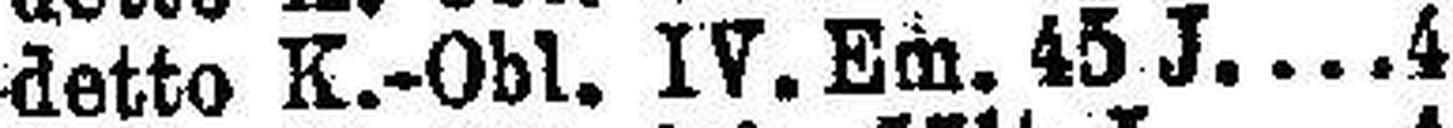
detto K.-Obl. IV. Em. 45 J 4